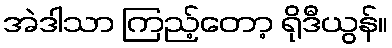
အဲဒါသာ ကြည့်တော့ ရိုဒီယွန်။